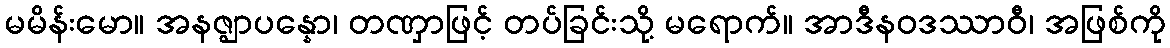
မမိန်းမော။ အနဇ္ဈာပန္နော၊ တဏှာဖြင့် တပ်ခြင်းသို့ မရောက်။ အာဒီနဝဒဿာဝီ၊ အဖြစ်ကို